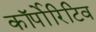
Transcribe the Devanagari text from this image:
कॉर्पोरिटिव